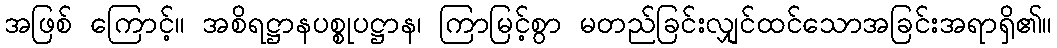
အဖြစ် ကြောင့်။ အစိရဋ္ဌာနပစ္စုပဋ္ဌာန၊ ကြာမြင့်စွာ မတည်ခြင်းလျှင်ထင်သောအခြင်းအရာရှိ၏။